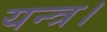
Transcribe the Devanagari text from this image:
यन्त्र।